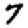
Digit: 7